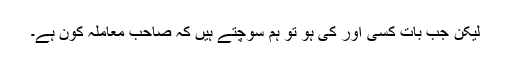
لیکن جب بات کسی اور کی ہو تو ہم سوچتے ہیں کہ صاحبِ معاملہ کون ہے۔